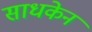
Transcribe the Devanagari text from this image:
साधकेन